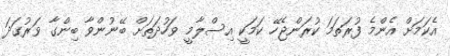
އެކަމަށް އެންމެ ފުރަތަމަ ކުރަންޖެހޭ ކަމަކީ އިސްލާމީ ވަހުދަތަށް ބޭނުންވާ ބިންގާ ވަރުގަދަ